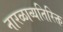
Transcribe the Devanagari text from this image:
नारळाव्यतिरिक्त